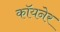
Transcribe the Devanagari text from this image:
कॉयनेर